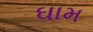
ઘામ